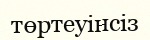
төртеуінсіз